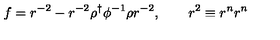
f = r ^ { - 2 } - r ^ { - 2 } \rho ^ { \dag } \phi ^ { - 1 } \rho r ^ { - 2 } , \qquad r ^ { 2 } \equiv r ^ { n } r ^ { n }